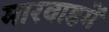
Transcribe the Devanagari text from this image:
मारवाडमें